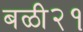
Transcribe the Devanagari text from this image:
बळी२१